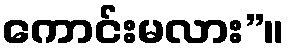
ကောင်းမလား”။